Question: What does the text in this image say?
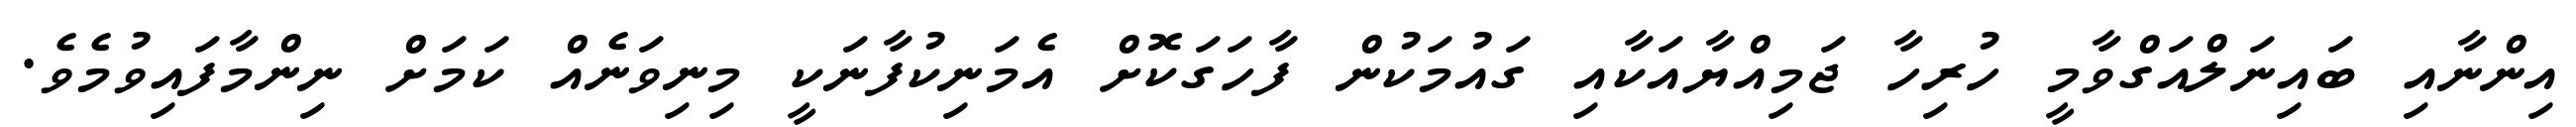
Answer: އިންނާއި ބައިނަލްއަގްވާމީ ހުރިހާ ޖަމިއްޔާއަކާއި ގައުމަކުން ފާހަގަކޮށް އެމަނިކުފާނަކީ މިނިވަނެއް ކަމަށް ނިންމާފައިވުމެވެ.